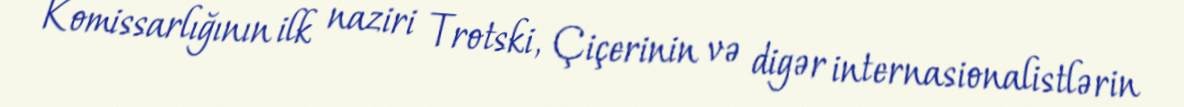
Komissarlığının ilk naziri Trotski, Çiçerinin və digər internasionalistlərin